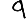
Digit: 9